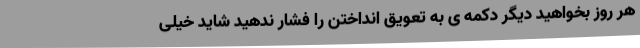
هر روز بخواهید دیگر دکمه ی به تعویق انداختن را فشار ندهید شاید خیلی